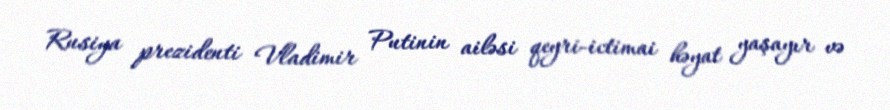
Rusiya prezidenti Vladimir Putinin ailəsi qeyri-ictimai həyat yaşayır və